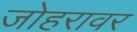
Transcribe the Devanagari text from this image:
जोहरावर